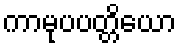
ကာမုပပတ္တိယော